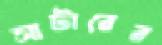
সাটারের